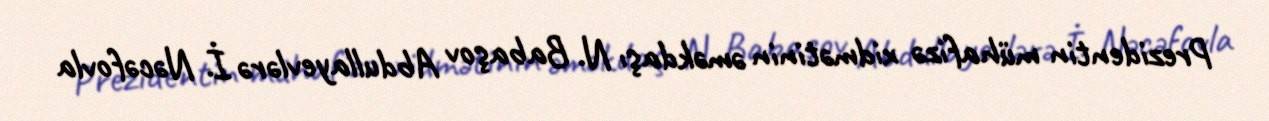
Prezidentin mühafizə xidmətinin əməkdaşı N. Babaşov Abdullayevlərə İ. Nəcəfovla